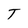
Character: T